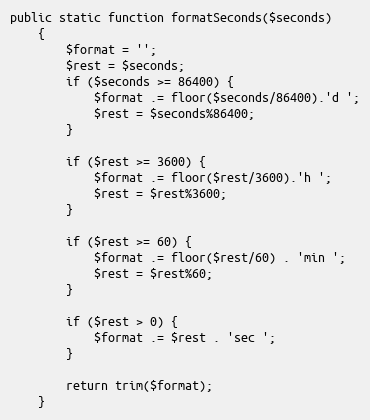
Language: PHP
public static function formatSeconds($seconds)
    {
        $format = '';
        $rest = $seconds;
        if ($seconds >= 86400) {
            $format .= floor($seconds/86400).'d ';
            $rest = $seconds%86400;
        }

        if ($rest >= 3600) {
            $format .= floor($rest/3600).'h ';
            $rest = $rest%3600;
        }

        if ($rest >= 60) {
            $format .= floor($rest/60) . 'min ';
            $rest = $rest%60;
        }

        if ($rest > 0) {
            $format .= $rest . 'sec ';
        }

        return trim($format);
    }